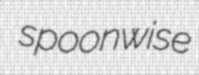
spoonwise